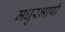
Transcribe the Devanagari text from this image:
मधुरभाषी